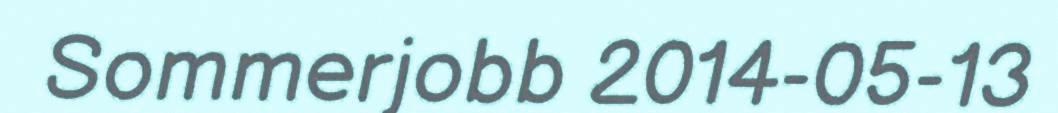
Sommerjobb 2014-05-13